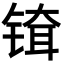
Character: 𬭞